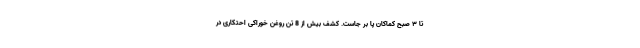
تا ۳ صبح کماکان پا بر جاست. کشف بیش از 8 تن روغن خوراکی احتکاری در